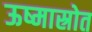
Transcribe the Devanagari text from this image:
ऊष्मास्रोत